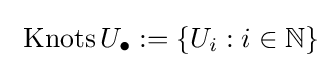
\ \operatorname {Knots} U_{\bullet }:=\left\{U_{i}:i\in \mathbb {N} \right\}